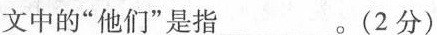
文中的”他们”是指___。(2分)